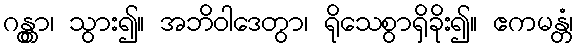
ဂန္တွာ၊ သွား၍။ အဘိဝါဒေတွာ၊ ရိုသေစွာရှိခိုး၍။ ဧကမန္တံ၊